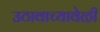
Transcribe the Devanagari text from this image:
उठावाच्यावेळी